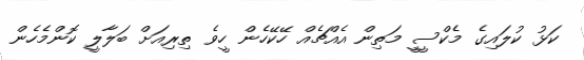
ކަޅު ކުލައިގެ މެކްސީީ މަތިން އެއްޗެއް ހޭކޭހެން ހީވެ ތިރިއަށް ބަލާލީ ކޮންމެހެން